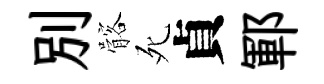
別髂死貞鄆